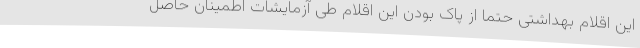
این اقلام بهداشتی حتما از پاک بودن این اقلام طی آزمایشات اطمینان حاصل